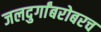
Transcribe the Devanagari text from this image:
जलदुर्गांबरोबरच